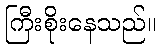
ကြီးစိုးနေသည်။